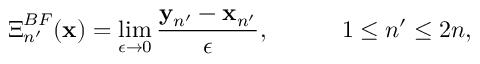
\boldsymbol { \Xi } _ { n ^ { \prime } } ^ { B F } ( { \bf x } ) = \operatorname* { l i m } _ { \epsilon \to 0 } \frac { { \bf y } _ { n ^ { \prime } } - { \bf x } _ { n ^ { \prime } } } { \epsilon } , \quad \qquad 1 \le n ^ { \prime } \le 2 n ,